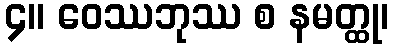
၄။ ဝေဿဘုဿ စ နမတ္ထု၊